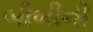
બીબીની